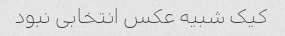
کیک شبیه عکس انتخابی نبود